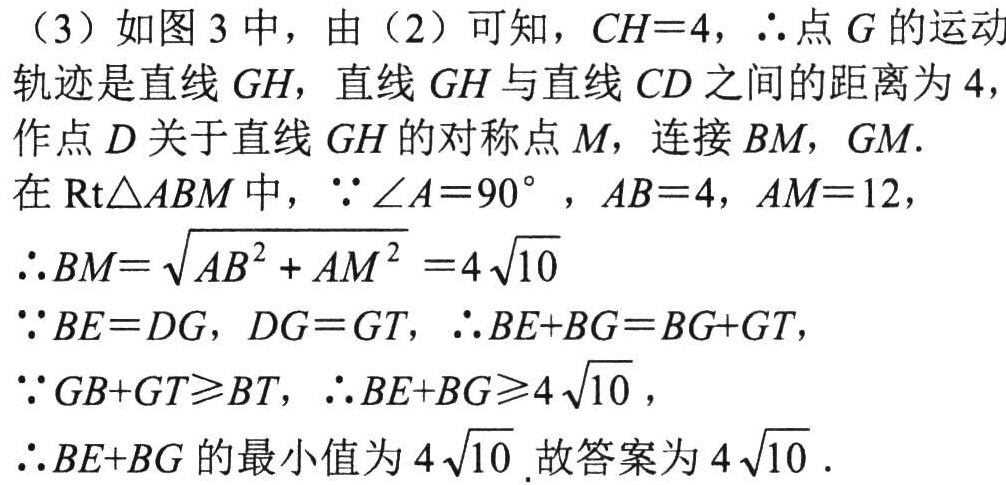
（3）如图3中，由（2）可知，\(CH = 4\)，\(\therefore\)点\(G\)的运动
轨迹是直线\(GH\)，直线\(GH\)与直线\(CD\)之间的距离为\(4\)，
作点\(D\)关于直线\(GH\)的对称点\(M\)，连接\(BM\)，\(GM\).
在\(\text{Rt}\triangle ABM\)中，\(\because\angle A = 90^{\circ}\)，\(AB = 4\)，\(AM = 12\)，
\(\therefore BM=\sqrt{AB^{2}+AM^{2}} = 4\sqrt{10}\)
\(\because BE = DG\)，\(DG = GT\)，\(\therefore BE + BG=BG + GT\)，
\(\because GB + GT\geqslant BT\)，\(\therefore BE + BG\geqslant4\sqrt{10}\)，
\(\therefore BE + BG\)的最小值为\(4\sqrt{10}\).故答案为\(4\sqrt{10}\).